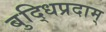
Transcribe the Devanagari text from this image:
बुद्धिप्रदाम्